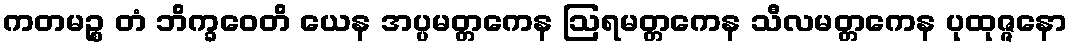
ကတမဉ္စ တံ ဘိက္ခဝေတိ ယေန အပ္ပမတ္တကေန ဩရမတ္တကေန သီလမတ္တကေန ပုထုဇ္ဇနော